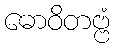
ဓောဝိတဗ္ဗံ